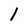
Character: l